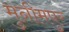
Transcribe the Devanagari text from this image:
मुनीमपुर